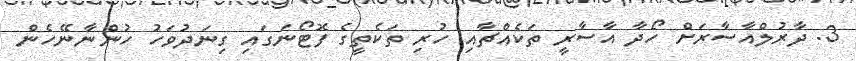
3. ދާރުލްއާސާރަށް ހޯދާ އާސާރީ ތަކެއްޗާއި ހުރި ތަކެތީގެ ފޮޓޯނަގައި ގިނަދުވަހު ހުންނާނޭހެން